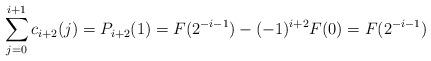
LaTeX: \begin{align*} \sum_{j=0}^{i+1} c_{i+2}(j) = P_{i+2}(1) = F(2^{-i-1})-(-1)^{i+2} F(0) =F(2^{-i-1})\end{align*}